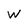
Character: W